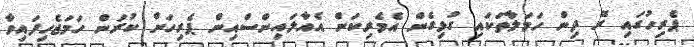
ޕެރިހުގައި ރޭ ދިން ހަމަލާތަކައި ގުޅިގެން އެމެރިކަން އެއާލައިންސްއިން ޕެރިހަށް ކުރަން ހަމަޖެހިފައިވާ